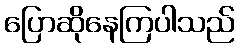
ပြောဆိုနေကြပါသည်